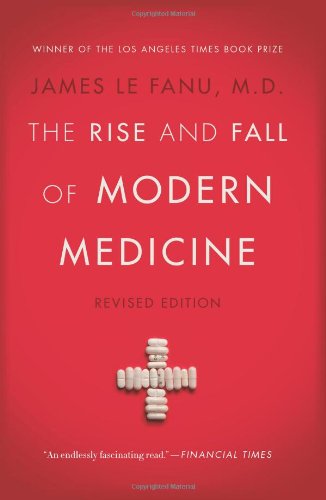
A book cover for The Rise and Fall of Modern Medicine: Revised Edition; M.D. James Le Fanu M.D.; Medical Books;